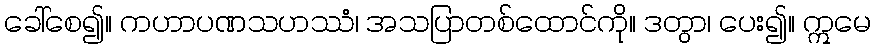
ခေါ်စေ၍။ ကဟာပဏသဟဿံ၊ အသပြာတစ်ထောင်ကို။ ဒတွာ၊ ပေး၍။ ဣမေ